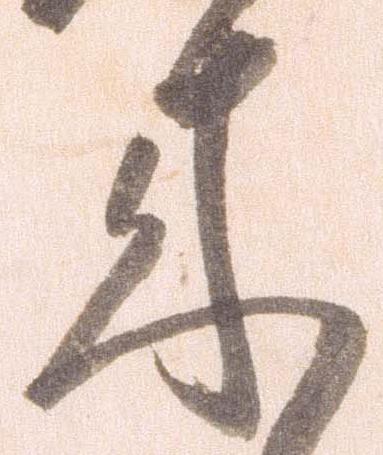
来